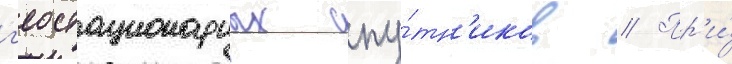
г'еостационарных спу́тн'иков // Пр'и́